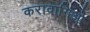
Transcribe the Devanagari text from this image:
करावागिओ